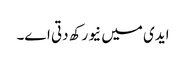
ایدی میں نیو رکھ دتی اے۔